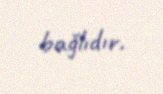
bağlıdır.